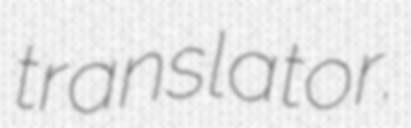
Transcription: translator.